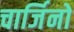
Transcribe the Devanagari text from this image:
चार्जिनो